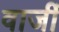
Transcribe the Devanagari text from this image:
वार्जी